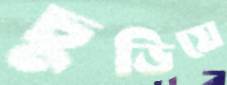
চুড়িয়ে